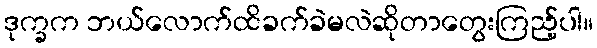
ဒုက္ခက ဘယ်လောက်ထိခက်ခဲမလဲဆိုတာတွေးကြည့်ပါ။